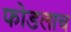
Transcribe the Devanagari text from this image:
फोडलाच